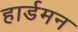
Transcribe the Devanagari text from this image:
हार्डमन